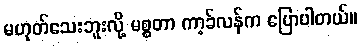
မဟုတ်သေးဘူးလို့ မစ္စတာ ကာ့ခ်လန်က ပြောပါတယ်။